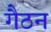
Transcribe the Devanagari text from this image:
गैठन